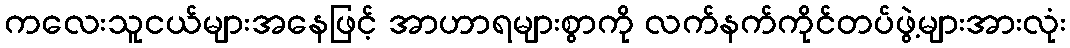
ကလေးသူငယ်များအနေဖြင့် အာဟာရများစွာကို လက်နက်ကိုင်တပ်ဖွဲ့များအားလုံး